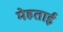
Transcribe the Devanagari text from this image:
मेहताई